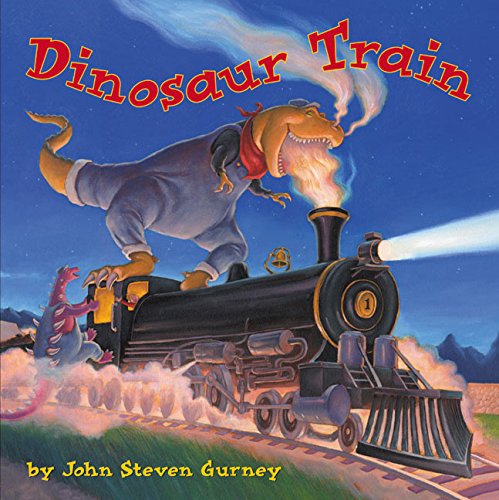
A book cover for Dinosaur Train; John Steven Gurney; Children's Books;